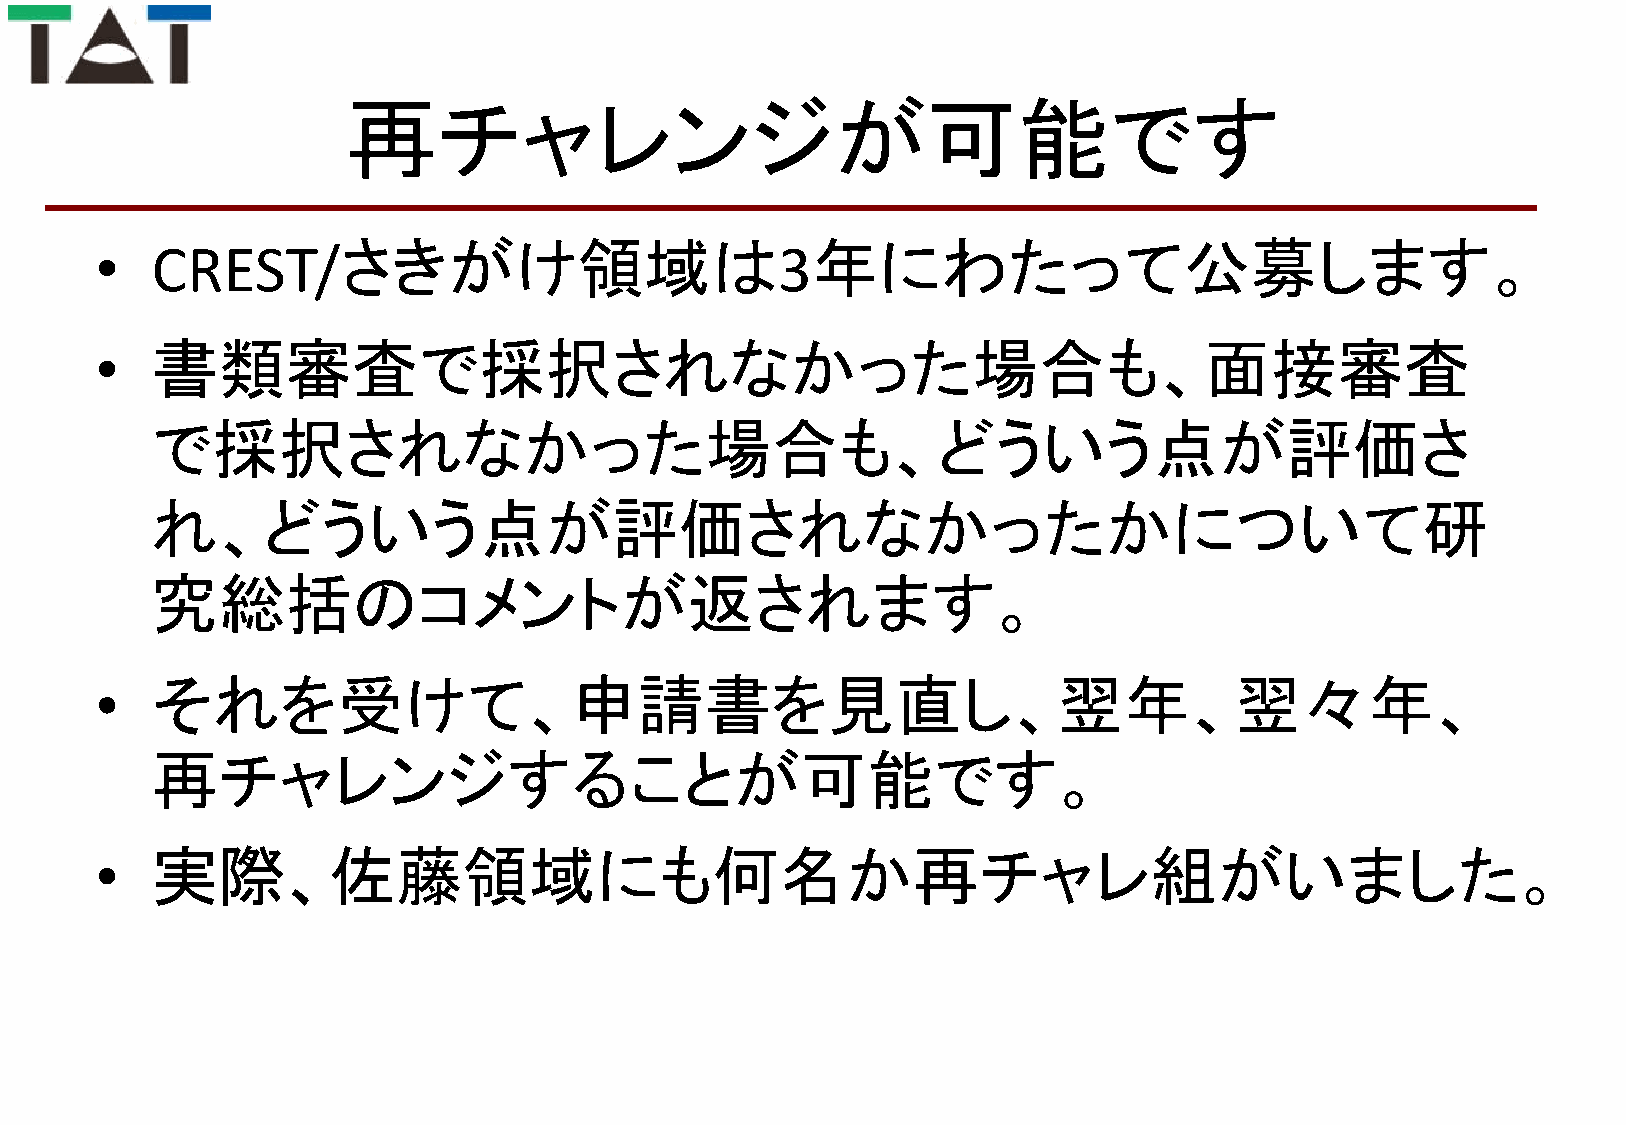
再チャレンジが可能です
 •   CREST/さきがけ領域は                            3年にわたって公募します。
 •   書類審査で採択されなかった場合も、面接審査
 で採択されなかった場合も、どういう点が評価さ
 れ、どういう点が評価されなかったかについて研
 究総括のコメントが返されます。
 •   それを受けて、申請書を見直し、翌年、翌々年、
 再チャレンジすることが可能です。
 •   実際、佐藤領域にも何名か再チャレ組がいました。